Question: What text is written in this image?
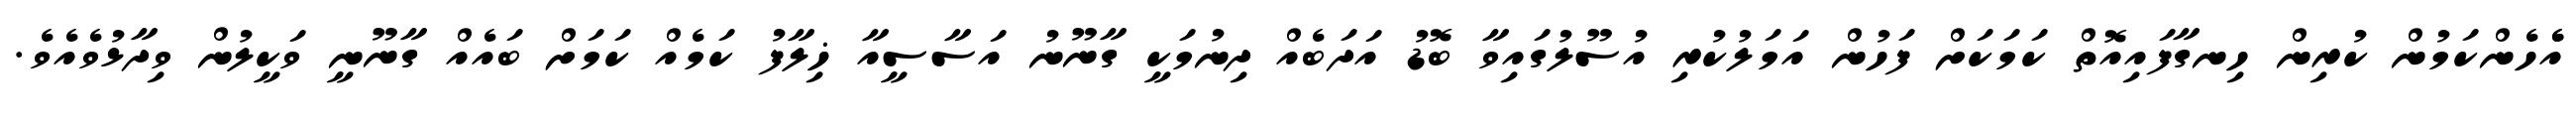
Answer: އެެހެންކަމުން ކުރިން ހިނގާފައިއޮތް ކަމަކަށް ފަހުން އަމަލުކުރި އުސޫލުގައިވާ ބޮޑު އަދަބެއް ދިނުމަކީ ގާނޫނު އަސާސީއާ ޚިލާފު ކަމެއް ކަމަށް ބައެއް ގާނޫނީ ވަކީލުން ވިދާޅުވެއެވެ.